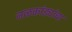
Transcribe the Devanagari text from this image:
नळकांड्यांचा